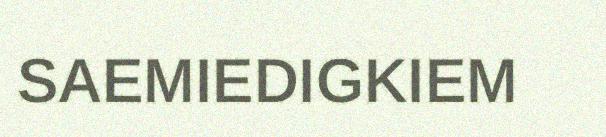
SAEMIEDIGKIEM